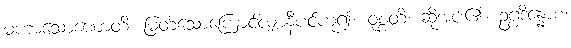
မဟာသောဏောတိ၊ မြတ်သောကြောင်လျှာနီပင်ဟူ၍။ ဝုစ္စတိ၊ ဆိုအပ်၏။ ဥဂ္ဂဒိန္နောစ၊